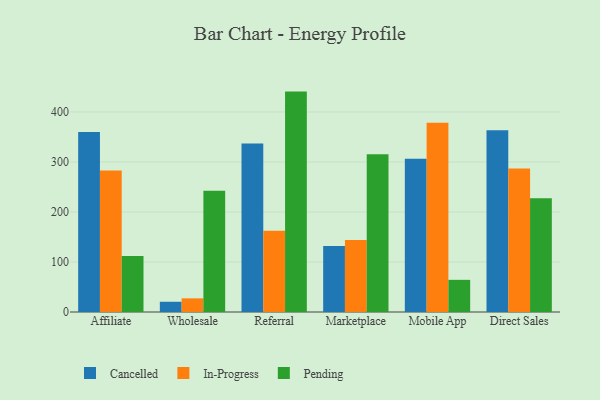
{"axis": {"x": "Channel", "y": "Website Visitors"}, "legend": ["Cancelled", "In-Progress", "Pending"], "data": [{"x": "Affiliate", "y": 360.0, "type": "Cancelled"}, {"x": "Affiliate", "y": 282.8, "type": "In-Progress"}, {"x": "Affiliate", "y": 112.2, "type": "Pending"}, {"x": "Wholesale", "y": 20.5, "type": "Cancelled"}, {"x": "Wholesale", "y": 27.3, "type": "In-Progress"}, {"x": "Wholesale", "y": 242.5, "type": "Pending"}, {"x": "Referral", "y": 337.0, "type": "Cancelled"}, {"x": "Referral", "y": 162.7, "type": "In-Progress"}, {"x": "Referral", "y": 440.8, "type": "Pending"}, {"x": "Marketplace", "y": 131.8, "type": "Cancelled"}, {"x": "Marketplace", "y": 144.1, "type": "In-Progress"}, {"x": "Marketplace", "y": 315.7, "type": "Pending"}, {"x": "Mobile App", "y": 306.7, "type": "Cancelled"}, {"x": "Mobile App", "y": 378.6, "type": "In-Progress"}, {"x": "Mobile App", "y": 64.3, "type": "Pending"}, {"x": "Direct Sales", "y": 363.5, "type": "Cancelled"}, {"x": "Direct Sales", "y": 287.0, "type": "In-Progress"}, {"x": "Direct Sales", "y": 227.7, "type": "Pending"}]}